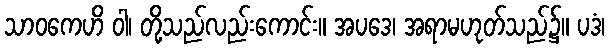
သာဝကေဟိ ဝါ၊ တို့သည်လည်းကောင်း။ အပဒေ၊ အရာမဟုတ်သည်၌။ ပဒံ၊